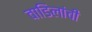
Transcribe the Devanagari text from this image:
वाडिलांची